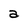
Character: a